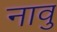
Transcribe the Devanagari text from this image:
नावु